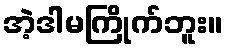
အဲ့ဒါမကြိုက်ဘူး။